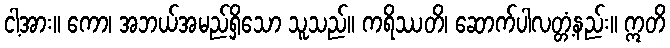
ငါ့အား။ ကော၊ အဘယ်အမည်ရှိသော သူသည်။ ကရိဿတိ၊ ဆောက်ပါလတ္တံ့နည်း။ ဣတိ